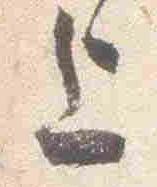
上